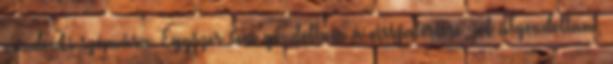
mindenki számára. Egyszer sem gondoltam a visszatérésre, jól átgondoltam,